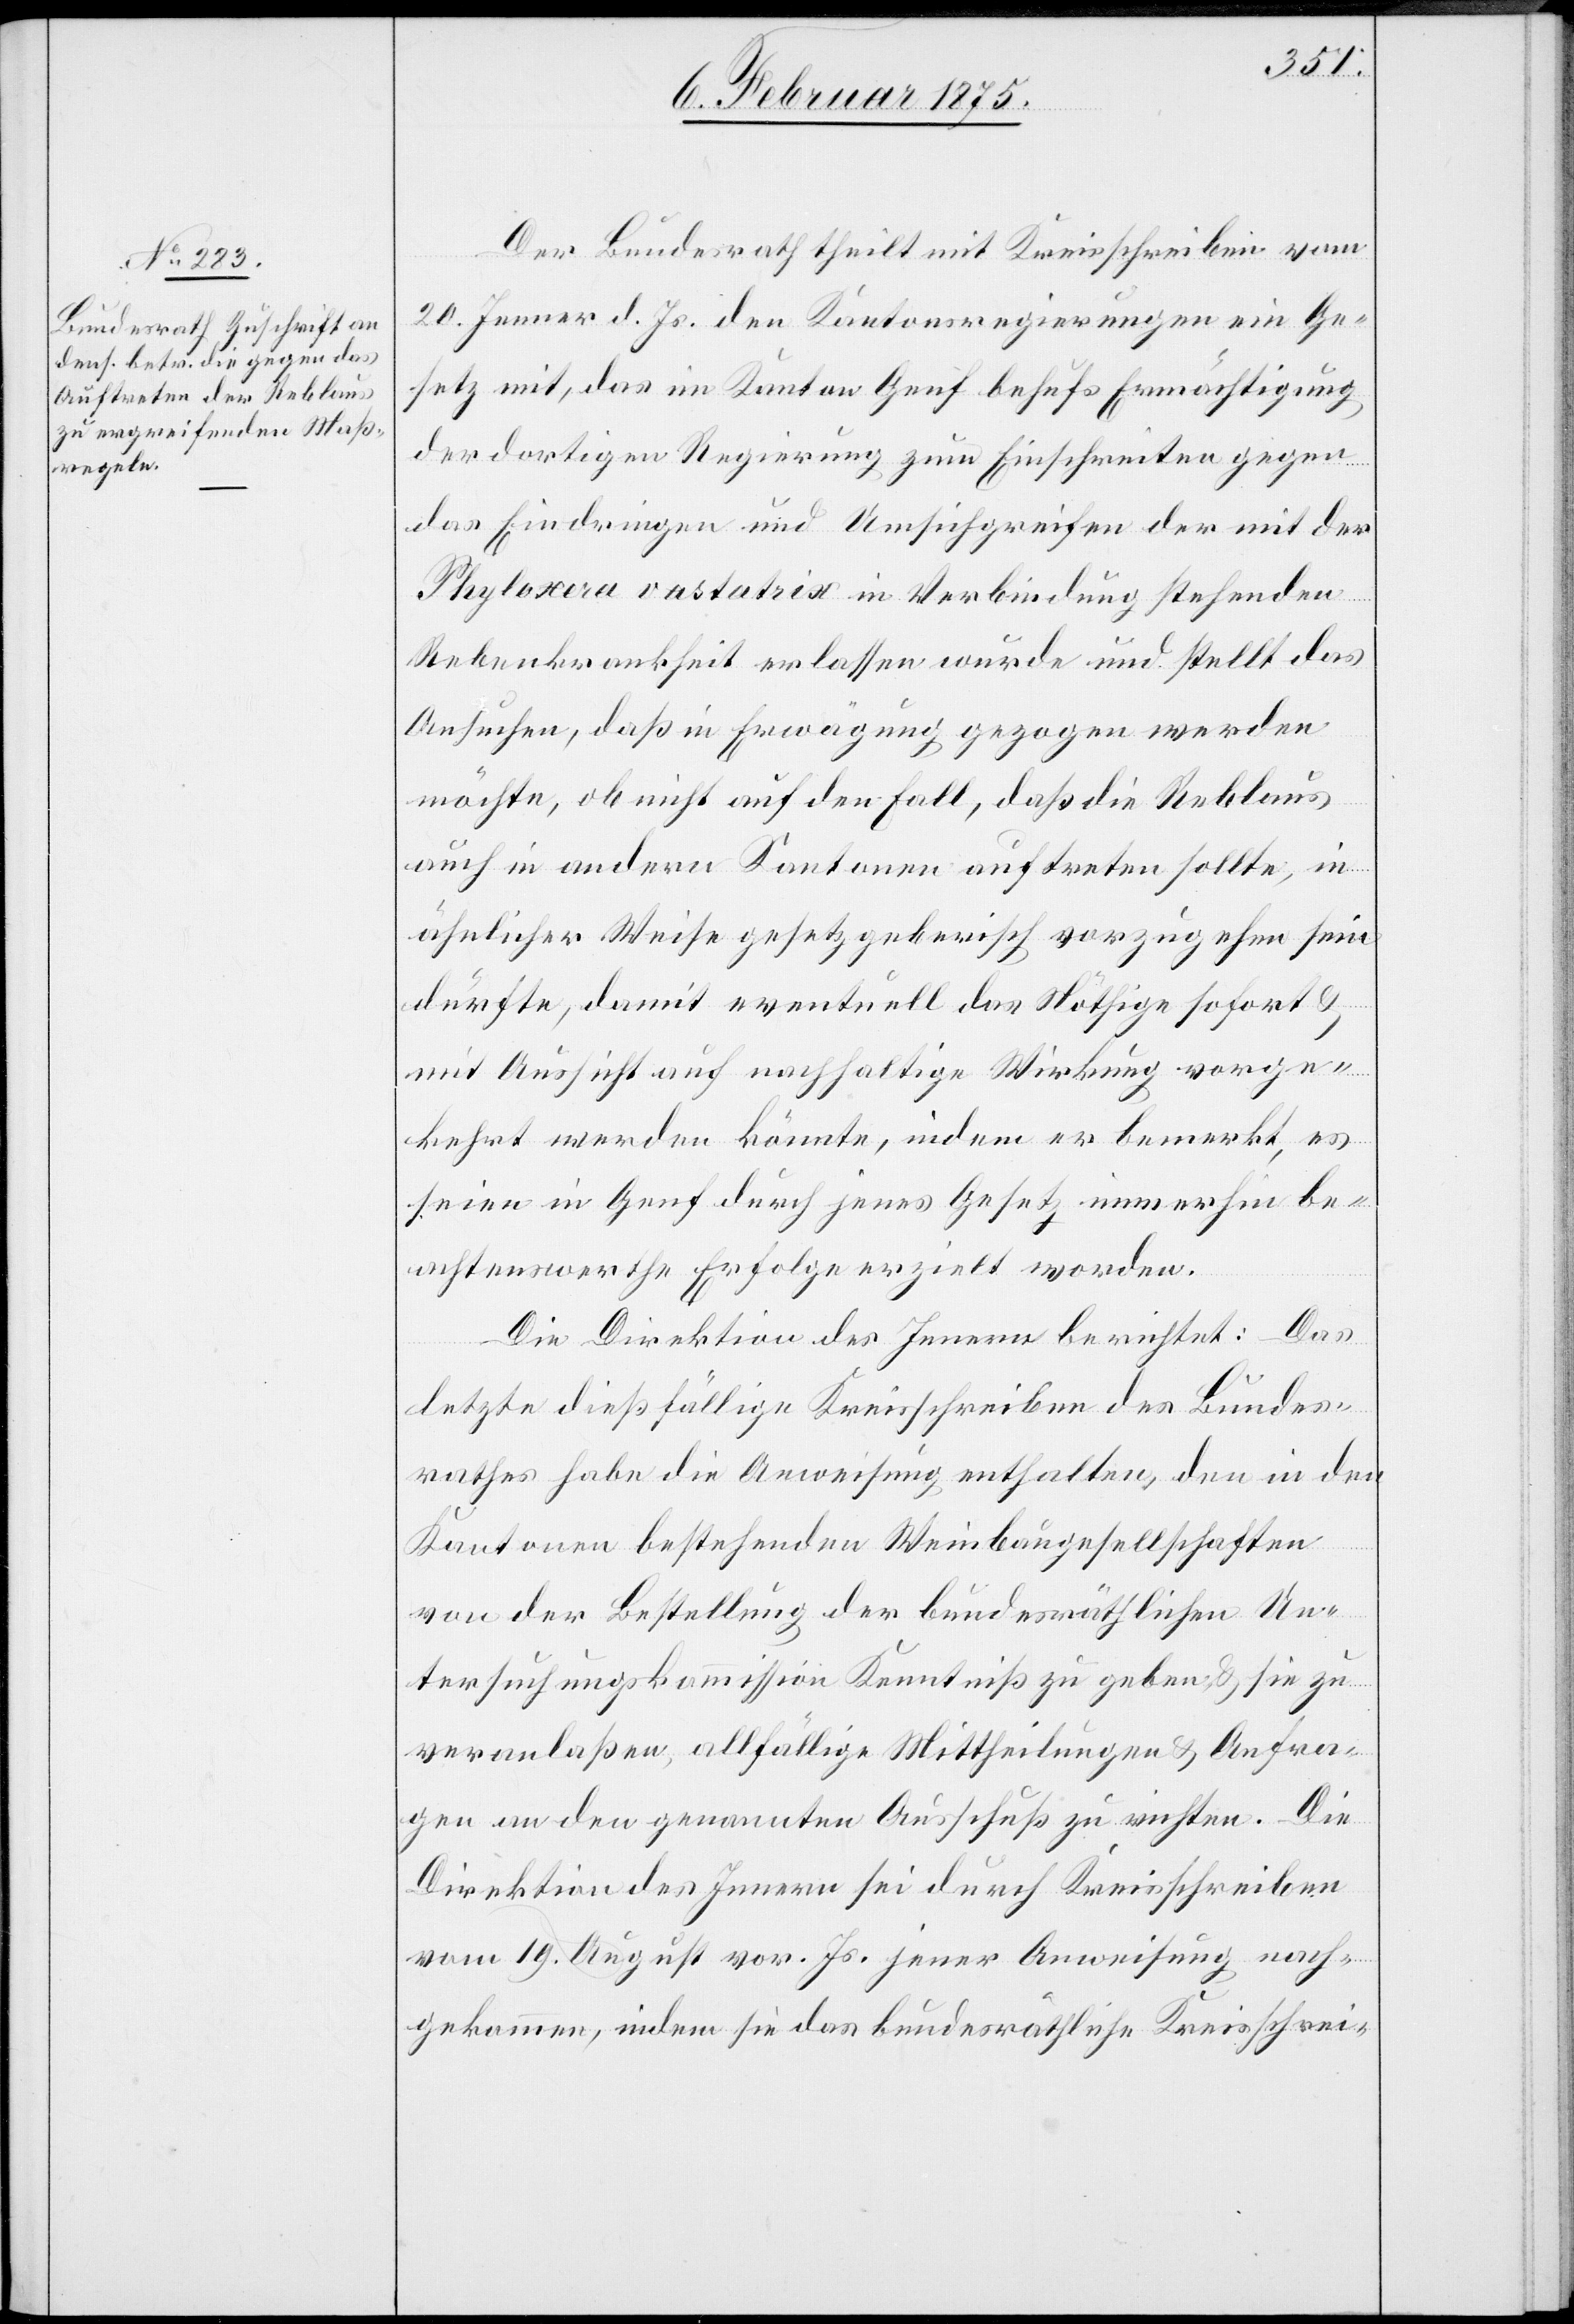
Der Bundesrath theilt mit Kreisschreiben vom
20. Jenner d. Js. den Kantonsregierungen ein Ge¬
setz mit, das im Kanton Genf behufs Ermächtigung
der dortigen Regierung zum Einschreiten gegen
das Eindringen und Umsichgreifen der mit der
Phyloxera vastatrix in Verbindung stehenden
Rebenkrankheit erlassen wurde und stellt das
Ansuchen, daß in Erwägung gezogen werden
möchte, ob nicht auf den Fall, daß die Reblaus
auch in andern Kantonen auftreten sollte, in
ähnlicher Weise gesetzgeberisch vorzugehen sein
dürfte, damit eventuell das Nöthige sofort &
mit Aussicht auf nachhaltige Wirkung vorge¬
kehrt werden könnte, indem er bemerkt, es
seien in Genf durch jenes Gesetz immerhin be¬
achtenswerthe Erfolge erzielt worden.
Die Direktion des Innern berichtet: Das
letzte dießfällige Kreisschreiben des Bundes¬
rathes habe die Anweisung enthalten, den in den
Kantonen bestehenden Weinbaugesellschaften
von der Bestellung der bundesräthlichen Un¬
tersuchungskommission Kenntniß zu geben & sie zu
veranlaßen, allfällige Mittheilungen & Anfra¬
gen an den genannten Ausschuß zu richten. Die
Direktion des Innern sei durch Kreisschreiben
vom 19. August vor. Js. jener Anweisung nach¬
gekommen, indem sie das bundesräthliche Kreisschrei-